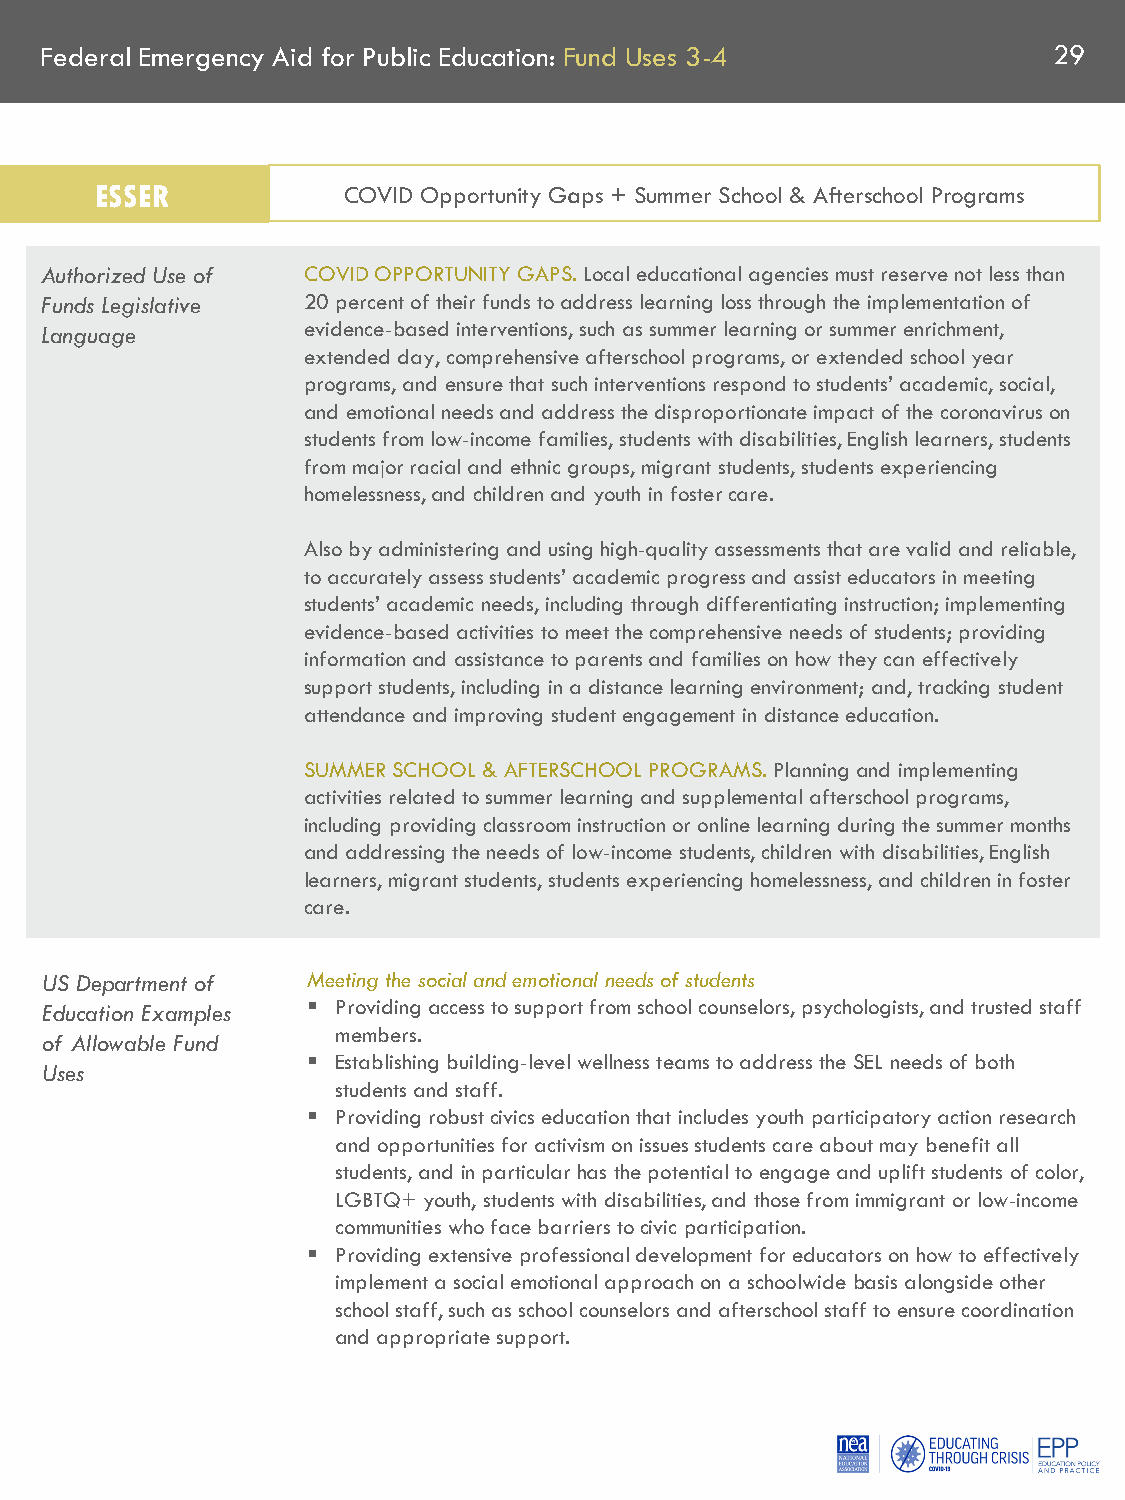
Federal Emergency Aid for Public Education: Fund Uses 3-4          29
 ESSER            COVID Opportunity Gaps + Summer School & Afterschool Programs
 Authorized Use of COVID OPPORTUNITY GAPS. Local educational agencies must reserve not less than
 Funds Legislative 20 percent of their funds to address learning loss through the implementation of
 Language         evidence-based interventions, such as summer learning or summer enrichment,
 extended day, comprehensive afterschool programs, or extended school year
 programs, and ensure that such interventions respond to students’ academic, social,
 and emotional needs and address the disproportionate impact of the coronavirus on
 students from low-income families, students with disabilities, English learners, students
 from major racial and ethnic groups, migrant students, students experiencing
 homelessness, and children and youth in foster care.
 Also by administering and using high-quality assessments that are valid and reliable,
 to accurately assess students’ academic progress and assist educators in meeting
 students’ academic needs, including through differentiating instruction; implementing
 evidence-based activities to meet the comprehensive needs of students; providing
 information and assistance to parents and families on how they can effectively
 support students, including in a distance learning environment; and, tracking student
 attendance and improving student engagement in distance education.
 SUMMER SCHOOL & AFTERSCHOOL PROGRAMS. Planning and implementing
 activities related to summer learning and supplemental afterschool programs,
 including providing classroom instruction or online learning during the summer months
 and addressing the needs of low-income students, children with disabilities, English
 learners, migrant students, students experiencing homelessness, and children in foster
 care.
 US Department of Meeting the social and emotional needs of students
 Education Examples  Providing access to support from school counselors, psychologists, and trusted staff
 members.
 of Allowable Fund
  Establishing building-level wellness teams to address the SEL needs of both
 Uses
 students and staff.
  Providing robust civics education that includes youth participatory action research
 and opportunities for activism on issues students care about may benefit all
 students, and in particular has the potential to engage and uplift students of color,
 LGBTQ+ youth, students with disabilities, and those from immigrant or low-income
 communities who face barriers to civic participation.
  Providing extensive professional development for educators on how to effectively
 implement a social emotional approach on a schoolwide basis alongside other
 school staff, such as school counselors and afterschool staff to ensure coordination
 and appropriate support.